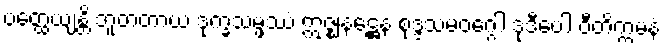
ပတ္ထေယျန္တိ ဘူတတာယ ဒုက္ခသမ္ဖဿံ ဣဇ္ဈနဋ္ဌေန စုဒ္ဒသမဝဂ္ဂေါ ဒုဒီပေါ ဝီတိက္ကမနံ